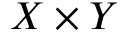
X \times Y